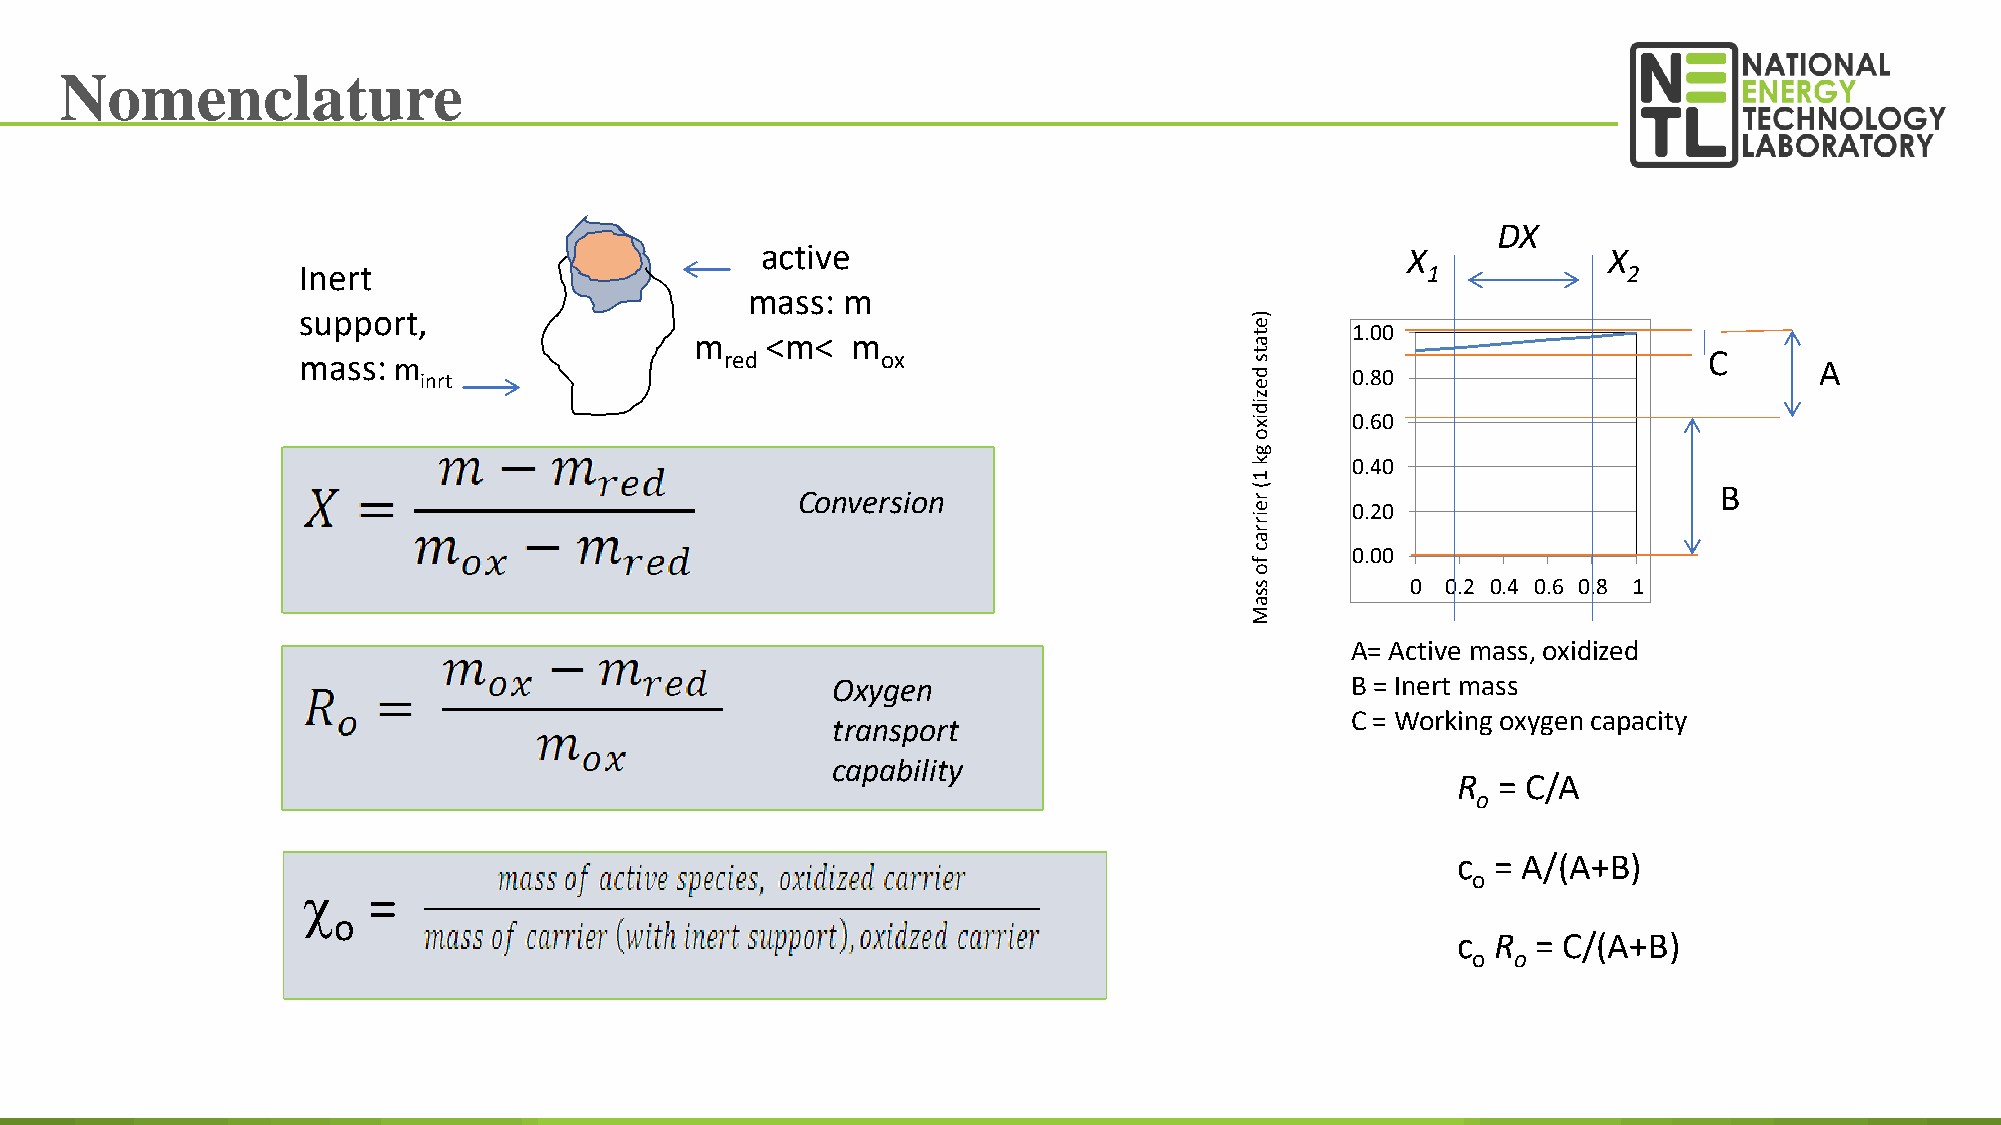
Nomenclature
 DX
 active                                     X            X
 Inert                                                                     1             2
 mass:  m
 support,                                                       )
 m    <m<  m                          e t a 1.00
 mass: m
 inrt
 red       ox                       t s
 d e   0.80
 C      A
 z
 id
 ix    0.60
 o
 g
 k     0.40
 1
 Conversion
 (
 r
 B
 e     0.20
 ir
 r
 a
 c
 f
 0.00
 o
 s         0  0.2 0.4 0.6 0.8 1
 s
 a
 M
 A= Active mass, oxidized
 1.00
 Oxygen                            B = Inert mass
 0.98
 C = Working oxygen capacity
 transport
 C
 0.96
 capability
 R  = C/A
 0.94
 o
 0.92
 c  = A/(A+B)
 0.90   o
 c   =
 0 0.2 0.4 0.6 0.8 1
 o
 c  R  = C/(A+B)
 o  o
 33